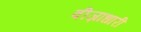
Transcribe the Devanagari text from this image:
वीज़ाधारी